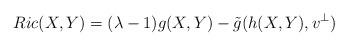
LaTeX: \begin{align*} Ric(X,Y)=(\lambda-1)g(X,Y)-\tilde g(h(X,Y),v^\perp)\end{align*}